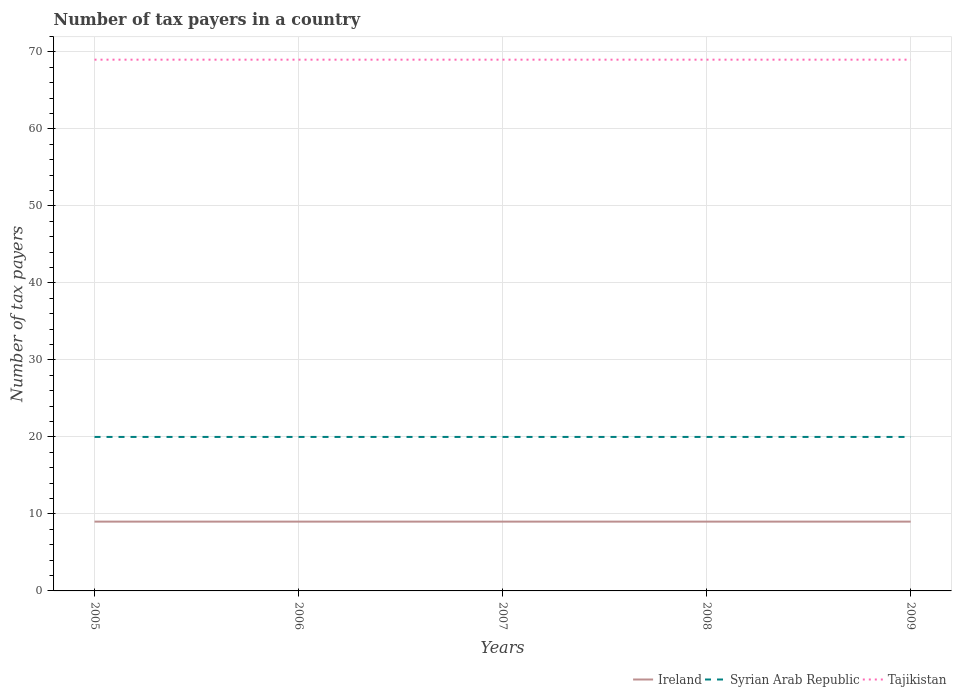
| Years | Ireland | Syrian Arab Republic | Tajikistan |
 | --- | --- | --- | --- |
 | 2005 | 9 | 20 | 69 |
 | 2006 | 9 | 20 | 69 |
 | 2007 | 9 | 20 | 69 |
 | 2008 | 9 | 20 | 69 |
 | 2009 | 9 | 20 | 69 |